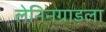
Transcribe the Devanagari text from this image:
लेनिनग्राडला